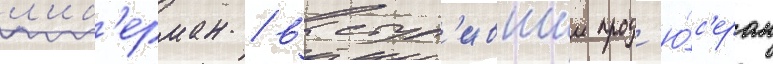
л'иб'ерман / выступ'ившии прод'ю́с'ером